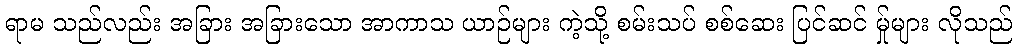
ရာမ သည်လည်း အခြား အခြားသော အာကာသ ယာဉ်များ ကဲ့သို့ စမ်းသပ် စစ်ဆေး ပြင်ဆင် မ်ှုများ လိုသည်